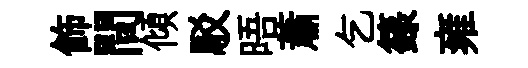
飾間傾駁晤蕭乞籙雍